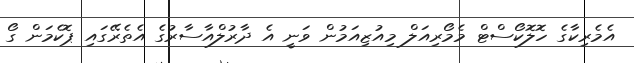
އެމެރިކާގެ ހޮލޮކޯސްޓް މެމޯރިއަލް މިއުޒިއަމުން ވަނީ އެ ދާރުލްއާސާރުގެ އެތެރޭގައި ޕޮކެމަން ގޯ